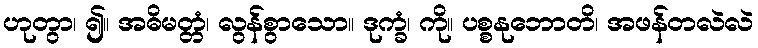
ဟုတွာ၊ ၍။ အဓိမတ္တံ၊ လွန်စွာသော။ ဒုက္ခံ၊ ကို။ ပစ္စနုဘောတိ၊ အဖန်တလဲလဲ